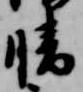
晴